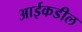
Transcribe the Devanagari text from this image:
आईकडील